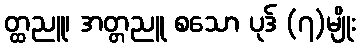
တ္ထညူ၊ အတ္တညူ စသော ပုဒ် (၇)မျိုး